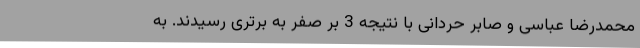
محمدرضا عباسی و صابر حردانی با نتیجه 3 بر صفر به برتری رسیدند. به